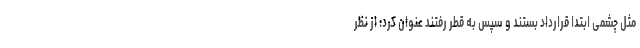
مثل چشمی ابتدا قرارداد بستند و سپس به قطر رفتند عنوان کرد: از نظر